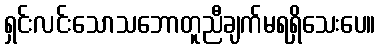
ရှင်းလင်းသောသဘောတူညီချက်မရရှိသေးပေ။